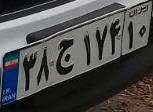
۳۸ج۱۷۴۱۰